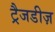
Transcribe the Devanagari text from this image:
ट्रैजडीज़